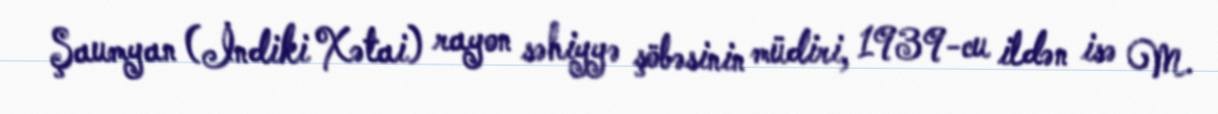
Şaumyan (İndiki Xətai) rayon səhiyyə şöbəsinin müdiri, 1939-cu ildən isə M.